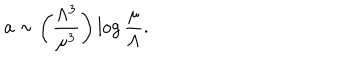
a \sim \left( { \frac { \Lambda ^ { 3 } } { \mu ^ { 3 } } } \right) \log { \frac { \mu } { \Lambda } } .